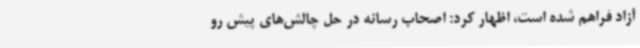
آزاد فراهم شده است، اظهار کرد: اصحاب رسانه در حل چالش‌های پیش رو